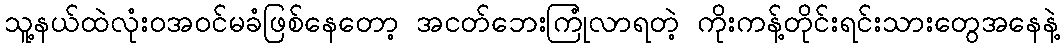
သူ့နယ်ထဲလုံးဝအ၀င်မခံဖြစ်နေတော့ အငတ်ဘေးကြုံလာရတဲ့ ကိုးကန့်တိုင်းရင်းသားတွေအနေနဲ့